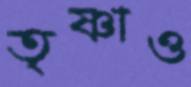
তৃষ্ণাও